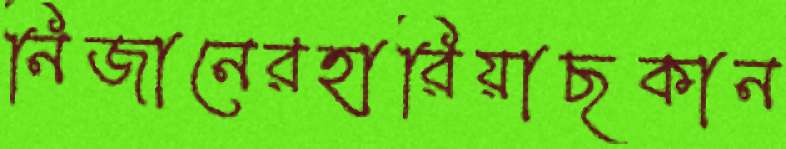
নিজানেরহারিয়াছকান